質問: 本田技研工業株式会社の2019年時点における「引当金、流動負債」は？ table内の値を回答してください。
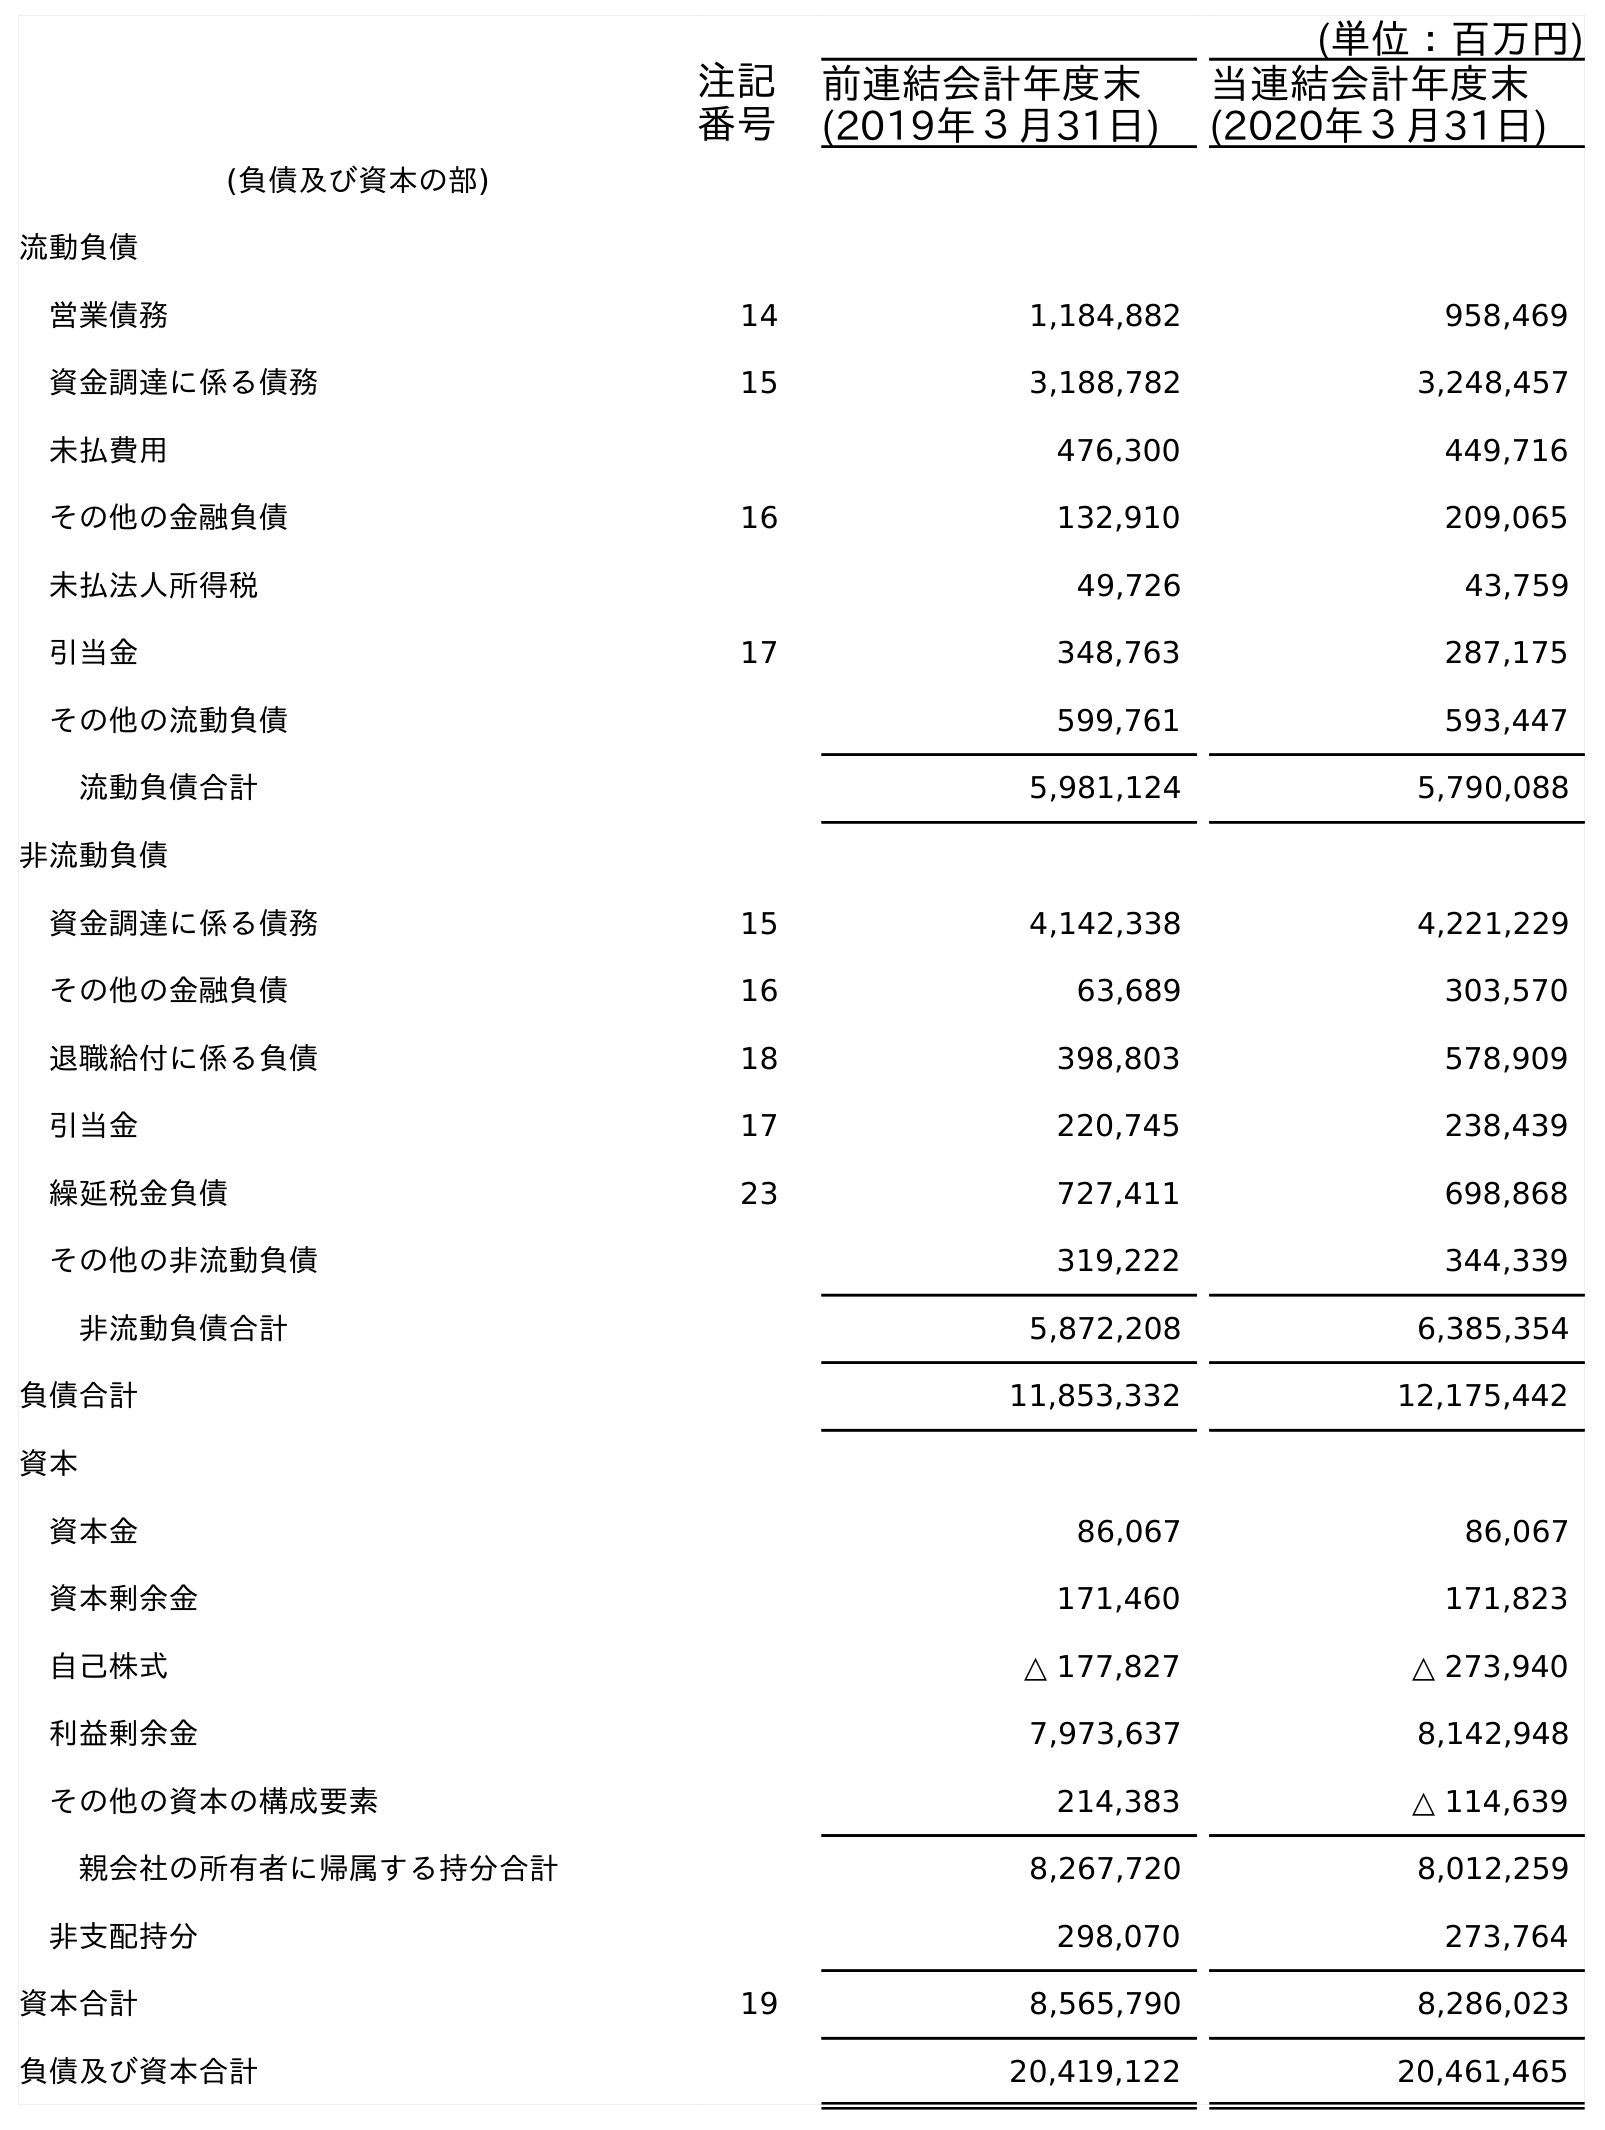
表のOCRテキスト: (単位：百万円) 注記 番号 前連結会計年度末 (2019年３月31日) 当連結会計年度末 (2020年３月31日) (負債及び資本の部) 流動負債 営業債務 14 1,184,882 958,469 資金調達に係る債務 15 3,188,782 3,248,457 未払費用 476,300 449,716 その他の金融負債 16 132,910 209,065 未払法人所得税 49,726 43,759 引当金 17 348,763 287,175 その他の流動負債 599,761 593,447 流動負債合計 5,981,124 5,790,088 非流動負債 資金調達に係る債務 15 4,142,338 4,221,229 その他の金融負債 16 63,689 303,570 退職給付に係る負債 18 398,803 578,909 引当金 17 220,745 238,439 繰延税金負債 23 727,411 698,868 その他の非流動負債 319,222 344,339 非流動負債合計 5,872,208 6,385,354 負債合計 11,853,332 12,175,442 資本 資本金 86,067 86,067 資本剰余金 171,460 171,823 自己株式 △ 177,827 △ 273,940 利益剰余金 7,973,637 8,142,948 その他の資本の構成要素 214,383 △ 114,639 親会社の所有者に帰属する持分合計 8,267,720 8,012,259 非支配持分 298,070 273,764 資本合計 19 8,565,790 8,286,023 負債及び資本合計 20,419,122 20,461,465
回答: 348,763